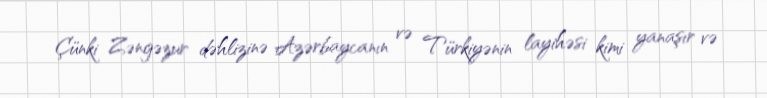
Çünki Zəngəzur dəhlizinə Azərbaycanın və Türkiyənin layihəsi kimi yanaşır və